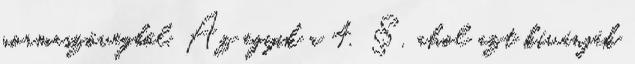
normaszövegből. Az egyik a 4. §, ahol azt kívánják